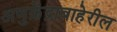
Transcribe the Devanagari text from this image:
अणुक्रेंद्राबाहेरील